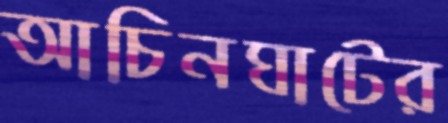
আচিনঘাটের